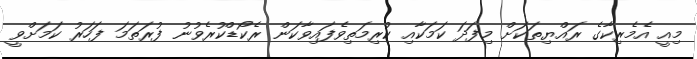
މިއީ އެމެރިކާގެ ރައްޔިތަކަށް މިފަދަ ކަމަކާއި ކުރިމަތިވެފައިވާކަން ރެކޯޑްކުރެވުނު ފުރަތަމަ ފަހަރު ކަމަށްވީ